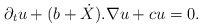
\begin{align*} \partial_{t} u+ (b+ \dot{X} ) . \nabla u+c u=0. \end{align*}